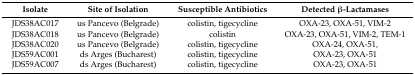
<table><thead><tr><td><b>Isolate</b></td><td><b>Site of Isolation</b></td><td><b>Susceptible Antibiotics</b></td><td><b>Detected β-Lactamases</b></td></tr></thead><tbody><tr><td>JDS38AC017</td><td>us Pancevo (Belgrade)</td><td>colistin, tigecycline</td><td>OXA-23, OXA-51, VIM-2</td></tr><tr><td>JDS38AC018</td><td>us Pancevo (Belgrade)</td><td>colistin</td><td>OXA-23, OXA-51, VIM-2, TEM-1</td></tr><tr><td>JDS38AC020</td><td>us Pancevo (Belgrade)</td><td>colistin, tigecycline</td><td>OXA-24, OXA-51,</td></tr><tr><td>JDS59AC001</td><td>ds Arges (Bucharest)</td><td>colistin, tigecycline</td><td>OXA-23, OXA-51</td></tr><tr><td>JDS59AC007</td><td>ds Arges (Bucharest)</td><td>colistin, tigecycline</td><td>OXA-23, OXA-51</td></tr></tbody></table>